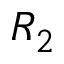
R _ { 2 }